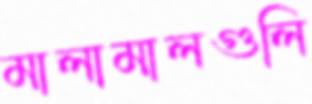
মালামালগুলি